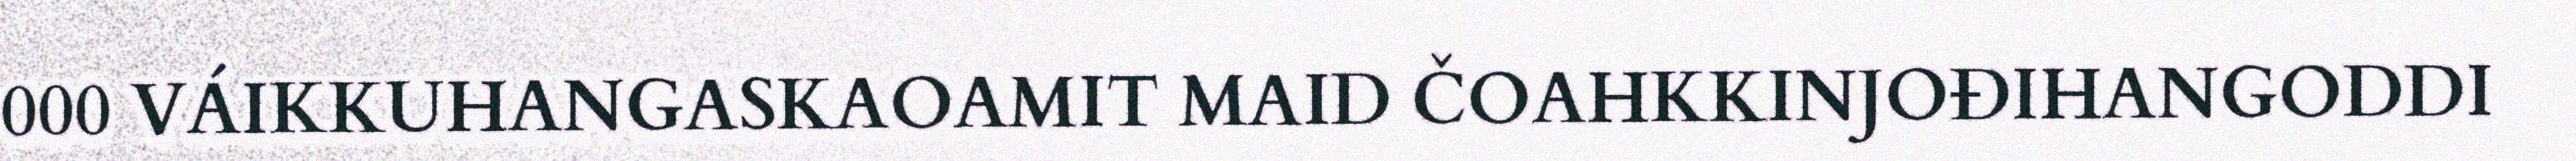
000 VÁIKKUHANGASKAOAMIT MAID ČOAHKKINJOĐIHANGODDI